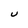
Character: U